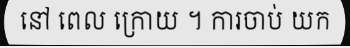
នៅ ពេល ក្រោយ ។ ការចាប់ យក